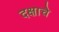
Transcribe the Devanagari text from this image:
दक्षाचे